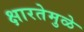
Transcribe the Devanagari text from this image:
क्षारतेमुळे